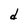
Character: d